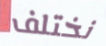
نختلف